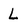
Character: L